Report of the Municipal Commissioner on the plague in Bombay for the year ending 31st May... - Volume 3
Disease focus: Plague
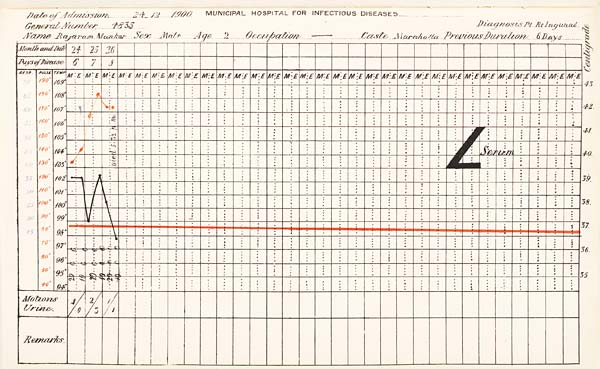
Date
of
Admission
1900
MUNICIPAL
HOSPITAL
FOR
INFECTIOUS
DISEASES.
General
Number
Diagnosis
Name
Sex
Age
Occupation
Caste
Previous
Duration